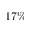
1 7 \%